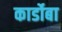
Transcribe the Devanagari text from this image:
कार्डोबा